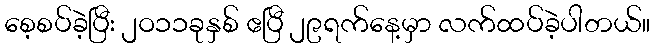
စေ့စပ်ခဲ့ပြီး ၂ဝ၁၁ခုနှစ် ဧပြီ ၂၉ရက်နေ့မှာ လက်ထပ်ခဲ့ပါတယ်။